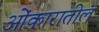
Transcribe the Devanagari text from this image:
ओंकारातील